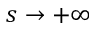
s \rightarrow + \infty